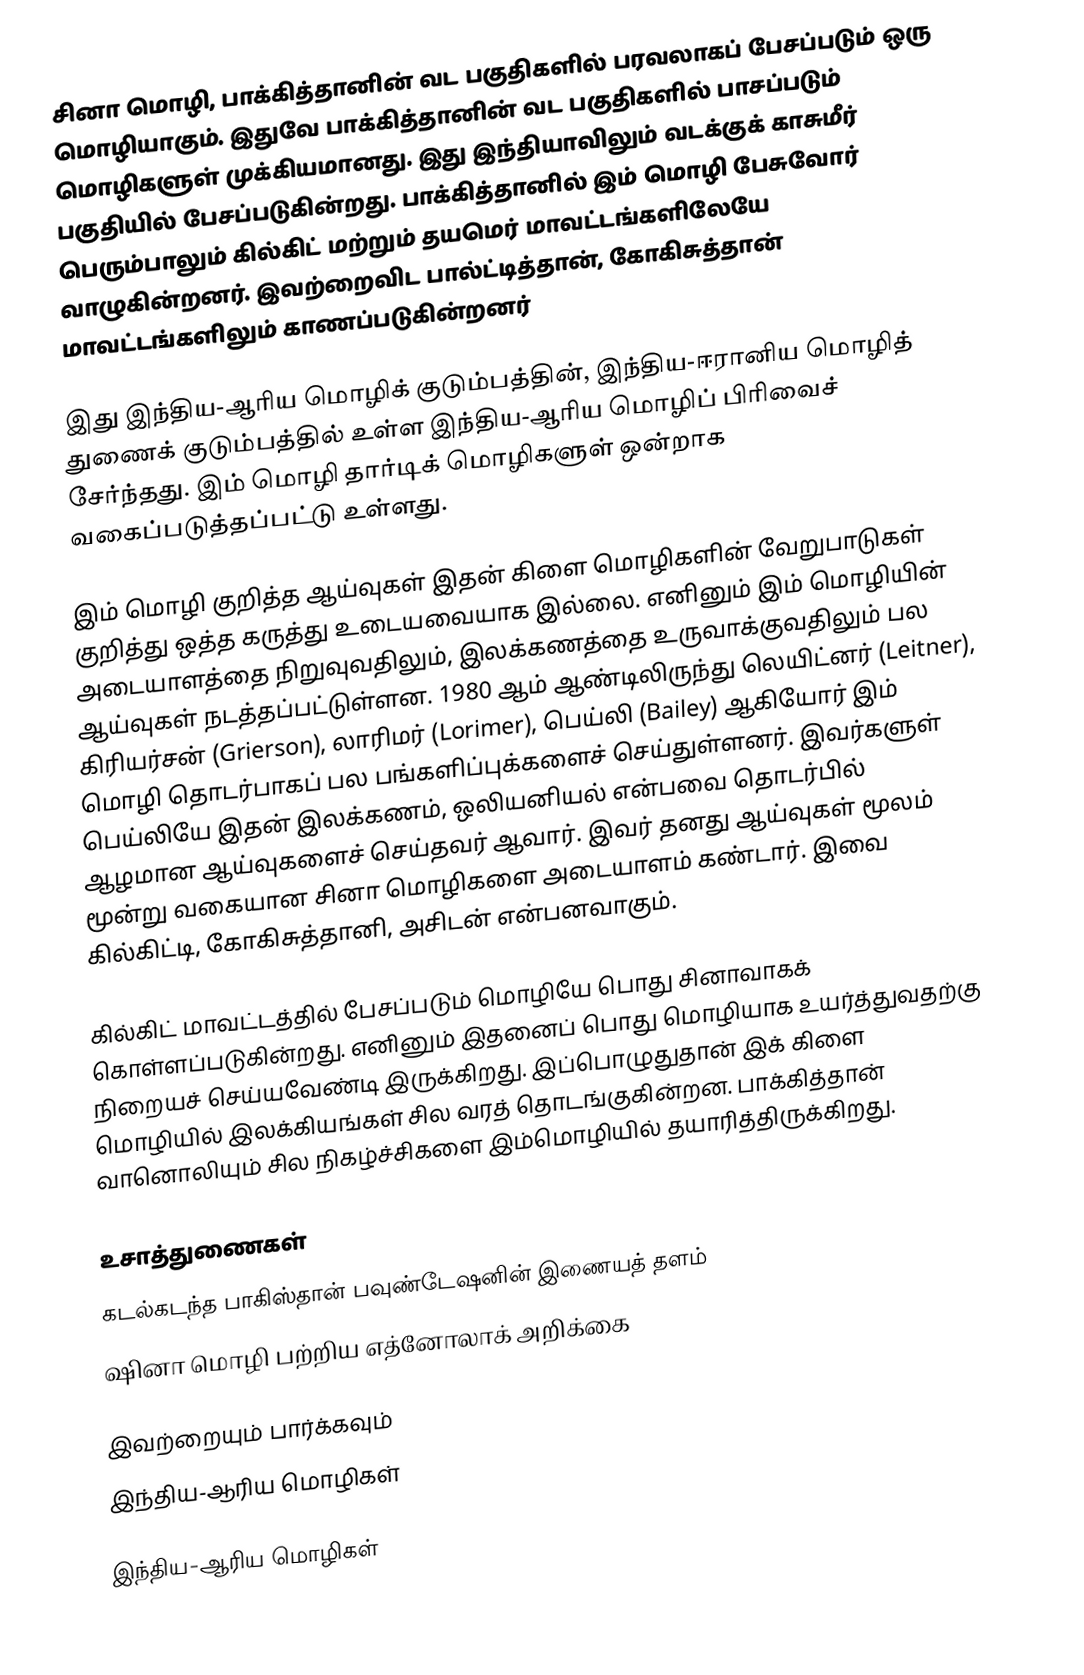
சினா மொழி, பாக்கித்தானின் வட பகுதிகளில் பரவலாகப் பேசப்படும் ஒரு மொழியாகும். இதுவே பாக்கித்தானின் வட பகுதிகளில் பாசப்படும் மொழிகளுள் முக்கியமானது. இது இந்தியாவிலும் வடக்குக் காசுமீர் பகுதியில் பேசப்படுகின்றது. பாக்கித்தானில் இம் மொழி பேசுவோர் பெரும்பாலும் கில்கிட் மற்றும் தயமெர் மாவட்டங்களிலேயே வாழுகின்றனர். இவற்றைவிட பால்ட்டித்தான், கோகிசுத்தான் மாவட்டங்களிலும் காணப்படுகின்றனர்

இது இந்திய-ஆரிய மொழிக் குடும்பத்தின், இந்திய-ஈரானிய மொழித் துணைக் குடும்பத்தில் உள்ள இந்திய-ஆரிய மொழிப் பிரிவைச் சேர்ந்தது. இம் மொழி தார்டிக் மொழிகளுள் ஒன்றாக வகைப்படுத்தப்பட்டு உள்ளது.

இம் மொழி குறித்த ஆய்வுகள் இதன் கிளை மொழிகளின் வேறுபாடுகள் குறித்து ஒத்த கருத்து உடையவையாக இல்லை. எனினும் இம் மொழியின் அடையாளத்தை நிறுவுவதிலும், இலக்கணத்தை உருவாக்குவதிலும் பல ஆய்வுகள் நடத்தப்பட்டுள்ளன. 1980 ஆம் ஆண்டிலிருந்து லெயிட்னர் (Leitner), கிரியர்சன் (Grierson), லாரிமர் (Lorimer), பெய்லி (Bailey) ஆகியோர் இம் மொழி தொடர்பாகப் பல பங்களிப்புக்களைச் செய்துள்ளனர். இவர்களுள் பெய்லியே இதன் இலக்கணம், ஒலியனியல் என்பவை தொடர்பில் ஆழமான ஆய்வுகளைச் செய்தவர் ஆவார். இவர் தனது ஆய்வுகள் மூலம் மூன்று வகையான சினா மொழிகளை அடையாளம் கண்டார். இவை கில்கிட்டி, கோகிசுத்தானி, அசிடன் என்பனவாகும்.

கில்கிட் மாவட்டத்தில் பேசப்படும் மொழியே பொது சினாவாகக் கொள்ளப்படுகின்றது. எனினும் இதனைப் பொது மொழியாக உயர்த்துவதற்கு நிறையச் செய்யவேண்டி இருக்கிறது. இப்பொழுதுதான் இக் கிளை மொழியில் இலக்கியங்கள் சில வரத் தொடங்குகின்றன. பாக்கித்தான் வானொலியும் சில நிகழ்ச்சிகளை இம்மொழியில் தயாரித்திருக்கிறது.

உசாத்துணைகள்
 கடல்கடந்த பாகிஸ்தான் பவுண்டேஷனின் இணையத் தளம்
 ஷினா மொழி பற்றிய எத்னோலாக் அறிக்கை

இவற்றையும் பார்க்கவும்
 இந்திய-ஆரிய மொழிகள்

இந்திய-ஆரிய மொழிகள்